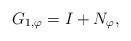
LaTeX: \begin{align*} G_{1, \varphi} = I + N_{\varphi},\end{align*}